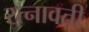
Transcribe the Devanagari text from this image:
रत्नावती